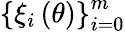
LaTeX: \left\{ \xi_{i}\left(\theta\right)\right\} _{i=0}^{m}